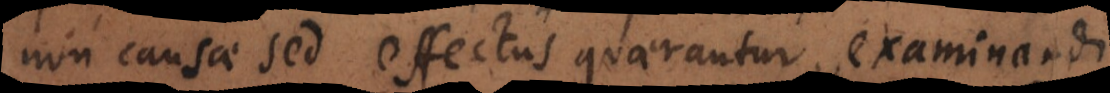
non causae sed effectus quaerantur, examinandi